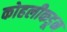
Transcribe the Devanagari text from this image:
कोहलीकडून